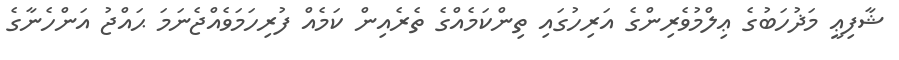
ޝާފިޢީ މަޛުހަބުގެ ޢިލްމުވެރިންގެ އަރިހުގައި ތިންކަމެއްގެ ތެރެއިން ކަމެއް ފުރިހަމަވެއްޖެނަމަ ޙައްޖު އަންހެނާގެ